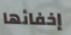
إخفائها